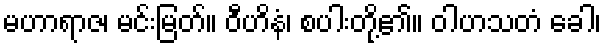
မဟာရာဇ၊ မင်းမြတ်။ ဝီဟိနံ၊ စပါးတို့၏။ ဝါဟသတံ ခေါ၊